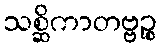
သစ္ဆိကာတဗ္ဗဉ္စ